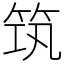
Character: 筑